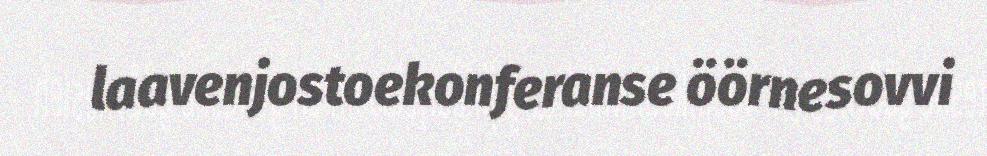
laavenjostoekonferanse öörnesovvi